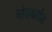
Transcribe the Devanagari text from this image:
नंदबसंत